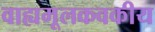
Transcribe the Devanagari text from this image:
वाह्यमूलकवकीय